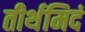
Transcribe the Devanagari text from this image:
तीर्थमिदं